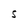
Character: S